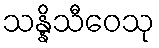
သန္နိသီဝေသု